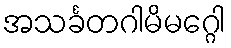
အသင်္ခတဂါမိမဂ္ဂေါ